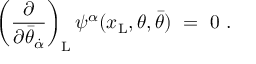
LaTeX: \left( { \frac { \partial } { \partial \bar { \theta } _ { \dot { \alpha } } } } \right) _ { \mathrm { L } } \psi ^ { \alpha } ( x _ { \mathrm { L } } , \theta , \bar { \theta } ) \ = \ 0 \ .